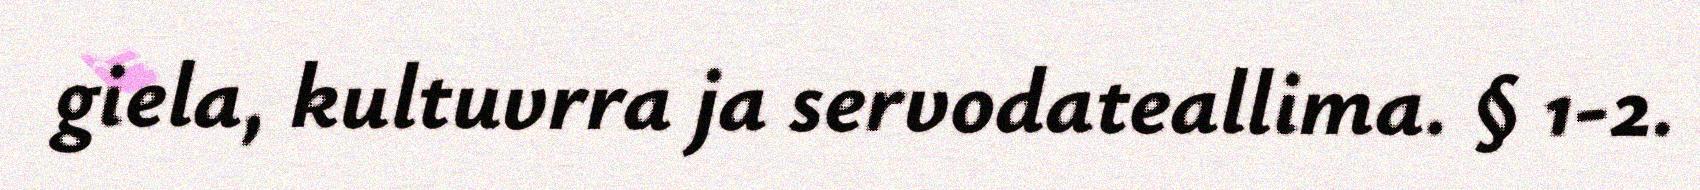
giela, kultuvrra ja servodateallima. § 1-2.